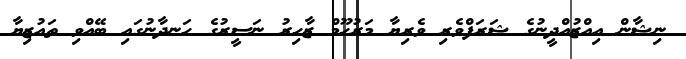
ނިޝާން އިއްޒުއްދީނުގެ ޝަރަފްވެރި ވެރިޔާ މަރުހޫމް ޒާހިރު ނަސީރުގެ ހަނދާނުގައި ބޭއްވި ތައުޒިޔާ